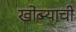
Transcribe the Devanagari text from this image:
खोब्ऱ्याची